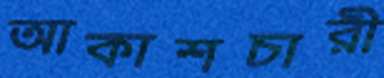
আকাশচারী